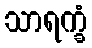
သာရက္ခံ